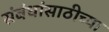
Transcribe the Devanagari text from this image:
संबंधांसाठीच्या